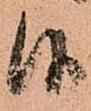
候